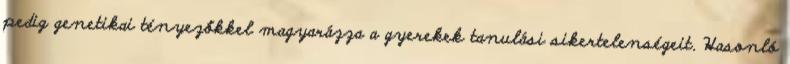
pedig genetikai tényezőkkel magyarázza a gyerekek tanulási sikertelenségeit. Hasonló